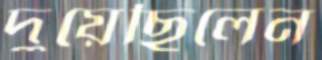
দুয়েছিলেন